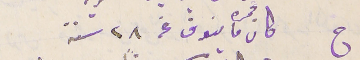
ج كان عمره ما ينوف عن ٢٨ سنة